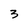
Character: 3